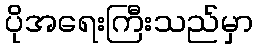
ပိုအရေးကြီးသည်မှာ